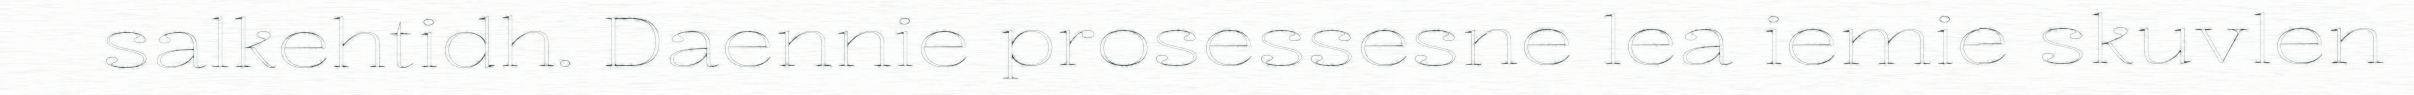
salkehtidh. Daennie prosessesne lea iemie skuvlen